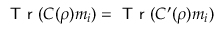
\textsf { T r } ( C ( \rho ) m _ { i } ) = \textsf { T r } ( C ^ { \prime } ( \rho ) m _ { i } )